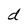
Character: d